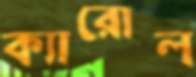
ক্যারোল